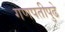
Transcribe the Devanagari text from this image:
गणपतीपुढे